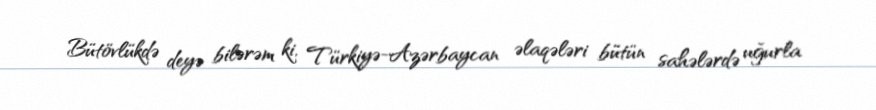
Bütövlükdə deyə bilərəm ki, Türkiyə-Azərbaycan əlaqələri bütün sahələrdə uğurla